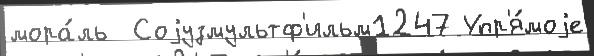
мора́ль  Соjузмультф'ильм1247 Упр'я́моjе